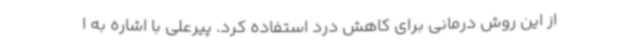
از این روش درمانی برای کاهش درد استفاده کرد. پیرعلی با اشاره به ا